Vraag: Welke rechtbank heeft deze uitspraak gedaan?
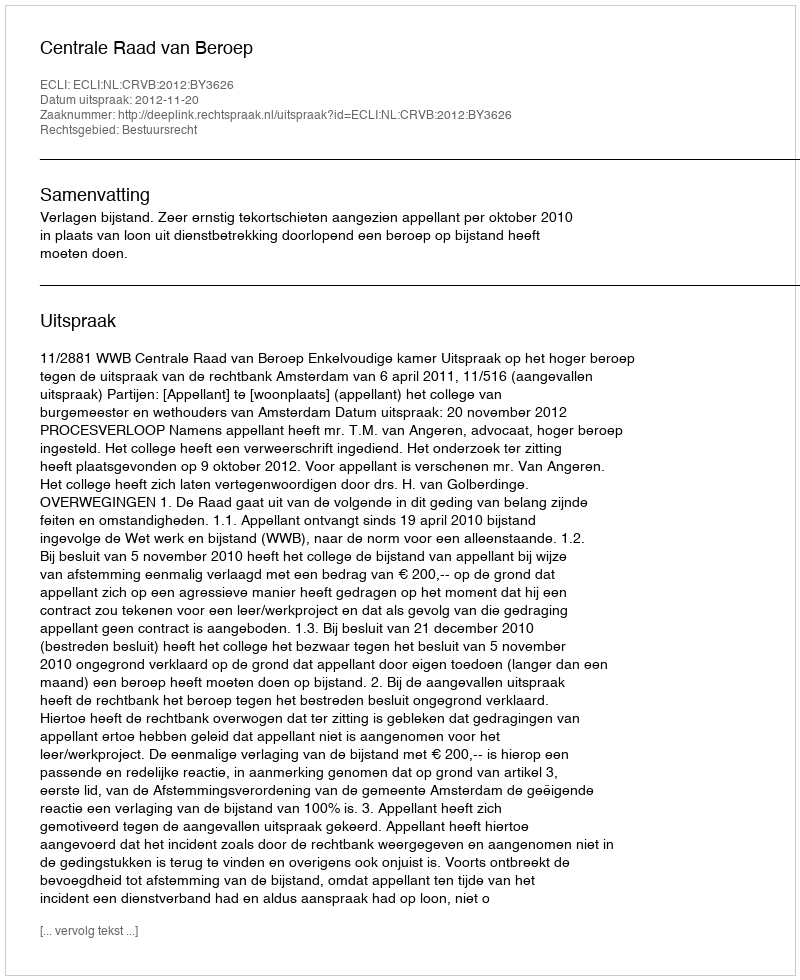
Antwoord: Centrale Raad van Beroep